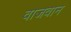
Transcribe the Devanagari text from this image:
वाजवान